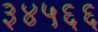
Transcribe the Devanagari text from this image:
३४५६६